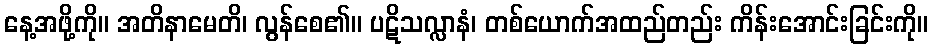
နေ့အဖို့ကို။ အတိနာမေတိ၊ လွန်စေ၏။ ပဋိသလ္လာနံ၊ တစ်ယောက်အထည်တည်း ကိန်းအောင်းခြင်းကို။